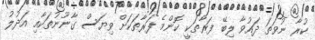
ކުރާ ނުވަތަ ދައުވާ ލިބޭ ފަރާތަކީ ކޮންމެ ފަރާތަކަށް ވިޔަސް ގާނޫނުތަކާއި އަދުލު